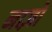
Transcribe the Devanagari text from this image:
नाज़ों